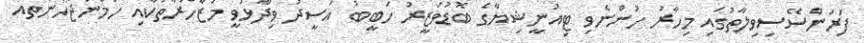
ފަރަންސޭސިވިލާތުގައި މިހާރު ހުންނެވި ޓިއުނީޝިޔާގެ ބޮޑުވަޒީރު ހަބީބު އަސީދު ވިދާޅުވީ މުޒާހަރާތަކާއި ހަމަނުޖެހުންތައް